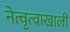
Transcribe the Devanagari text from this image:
नेत्वृत्वाखाली